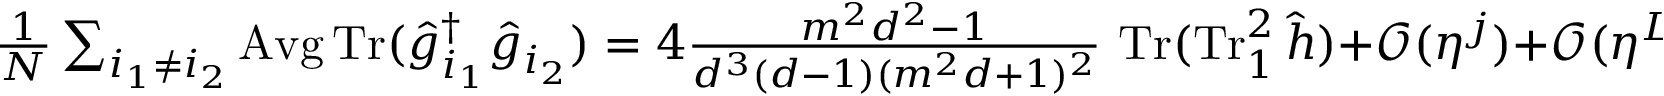
\textstyle \frac { 1 } { N } \sum _ { i _ { 1 } \neq i _ { 2 } } \operatorname { A v g } \operatorname { T r } ( \hat { g } _ { i _ { 1 } } ^ { \dag } \hat { g } _ { i _ { 2 } } ) = 4 \frac { m ^ { 2 } d ^ { 2 } - 1 } { d ^ { 3 } ( d - 1 ) ( m ^ { 2 } d + 1 ) ^ { 2 } } \, \operatorname { T r } ( \operatorname { T r } _ { 1 } ^ { 2 } \hat { h } ) + \mathcal { O } ( \eta ^ { j } ) + \mathcal { O } ( \eta ^ { L - j } ) .